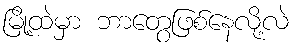
မြို့ထဲမှာ ဘာတွေဖြစ်နေလို့လဲ